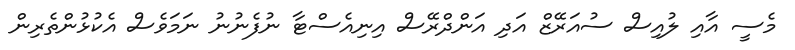
މެސީ އާއި ލުއިސް ސުއަރޭޒް އަދި އަންދްރޭސް އިނިއެސްޓާ ނުފެނުނު ނަމަވެސް އެކުޅުންތެރިން